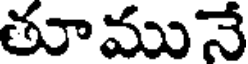
తూమునే